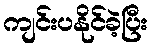
ကျင်းပနိုင်ခဲ့ပြီး